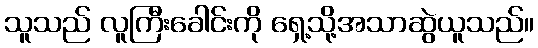
သူသည် လူကြီးခေါင်းကို ရှေ့သို့အသာဆွဲယူသည်။